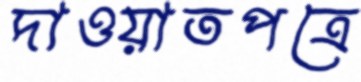
দাওয়াতপত্রে